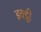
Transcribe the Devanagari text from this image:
इक्ट्ठी